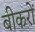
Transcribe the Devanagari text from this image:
बीकरों